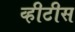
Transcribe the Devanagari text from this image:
व्हीटीस